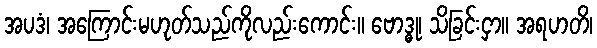
အပဒံ၊ အကြောင်းမဟုတ်သည်ကိုလည်းကောင်း။ ဗောဒ္ဓု၊ သိခြင်းငှာ။ အရဟတိ၊